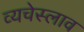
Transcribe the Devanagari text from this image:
व्यचेस्लाव